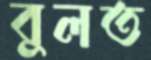
বুলত